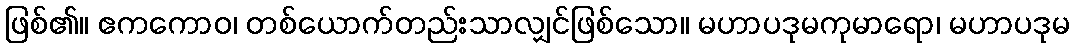
ဖြစ်၏။ ဧကကောဝ၊ တစ်ယောက်တည်းသာလျှင်ဖြစ်သော။ မဟာပဒုမကုမာရော၊ မဟာပဒုမ